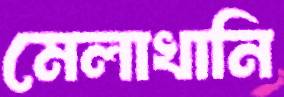
মেলাখানি